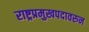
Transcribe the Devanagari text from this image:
राष्ट्रप्रमुखपदावरुन